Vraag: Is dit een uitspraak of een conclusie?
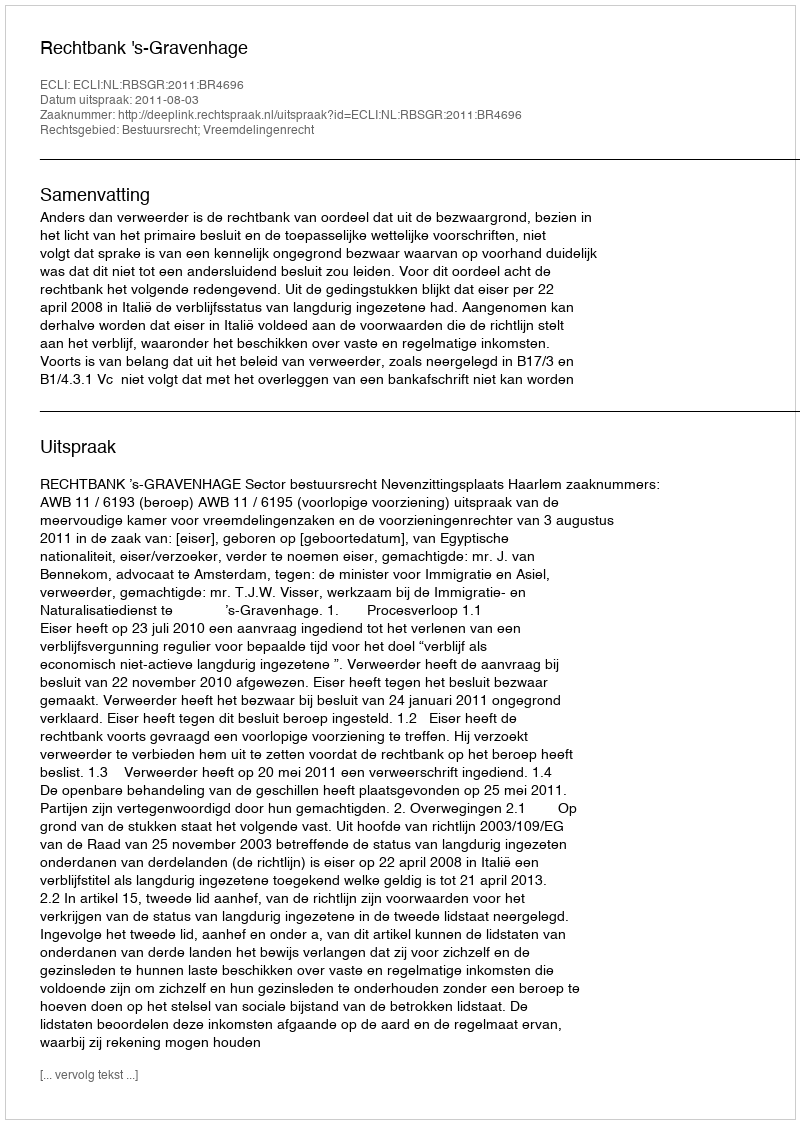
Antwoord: Uitspraak